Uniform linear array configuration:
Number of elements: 4
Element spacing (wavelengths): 1
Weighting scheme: kaiser
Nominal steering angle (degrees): -60
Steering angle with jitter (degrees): -58.526
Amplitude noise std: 0.05
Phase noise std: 0.05

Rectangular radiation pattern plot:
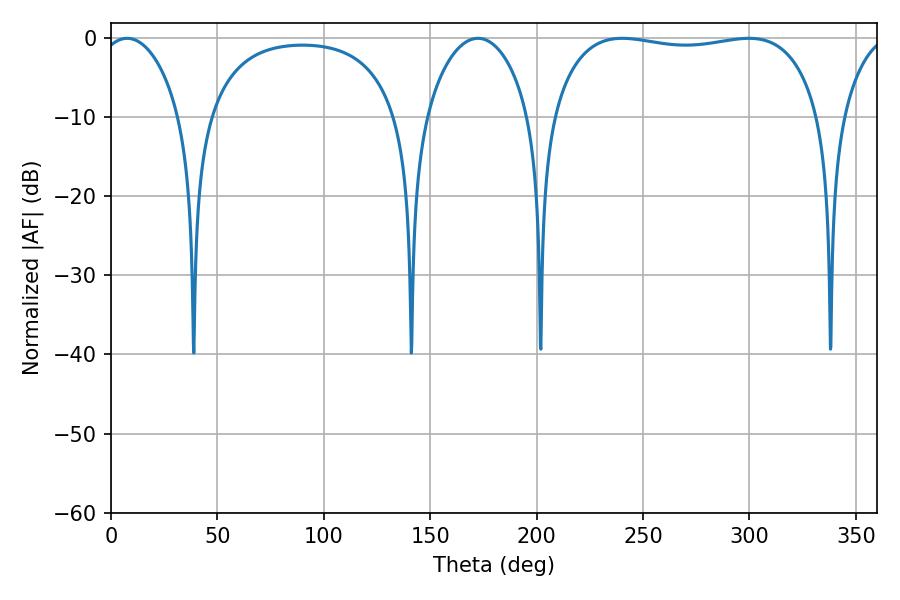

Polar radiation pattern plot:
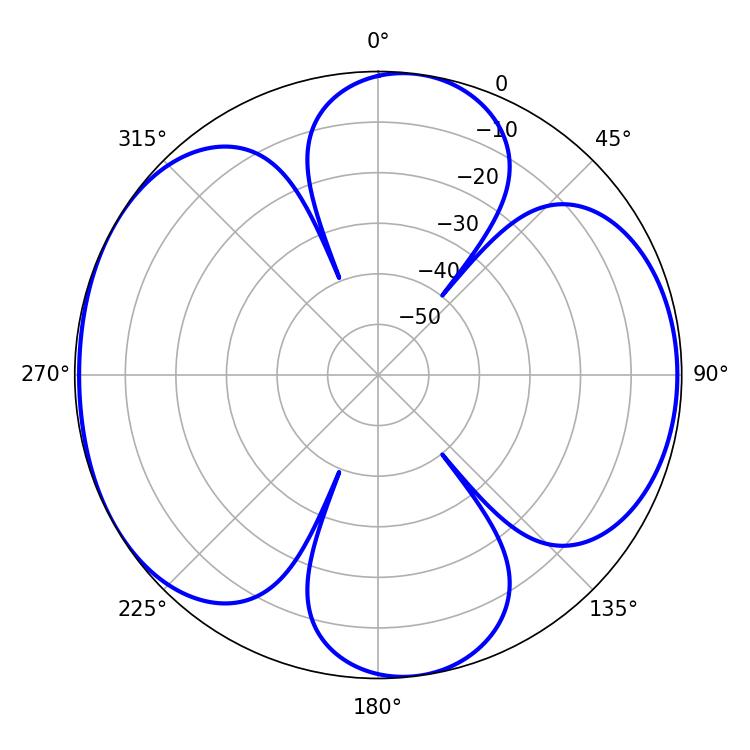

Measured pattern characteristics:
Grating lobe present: TRUE
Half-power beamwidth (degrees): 21.6
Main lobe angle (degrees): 7.56